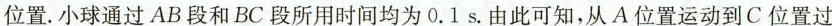
位置。小球通过AB段和BC段所用时间均为0.1s。由此可知，从A位置运动到C位置过